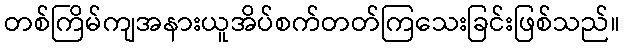
တစ်ကြိမ်ကျအနားယူအိပ်စက်တတ်ကြသေးခြင်းဖြစ်သည်။